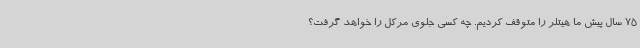
75 سال پیش ما هیتلر را متوقف کردیم. چه کسی جلوی مرکل را خواهد گرفت؟